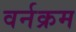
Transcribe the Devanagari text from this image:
वर्नक्रम